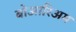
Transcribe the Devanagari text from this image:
बोआरिअम